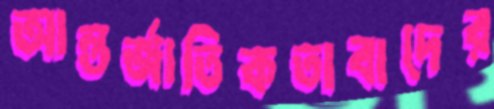
আন্তর্জাতিকতাবাদের